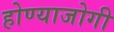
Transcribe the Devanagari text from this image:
होण्याजोगी